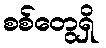
စစ်တွေရှိ